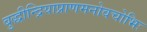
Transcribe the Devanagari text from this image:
बुद्धीन्द्रियाप्राणमनोवचोभिः